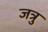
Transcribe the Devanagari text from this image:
जत्रु